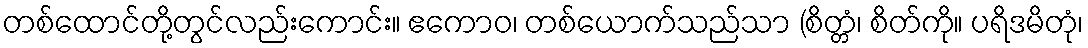
တစ်ထောင်တို့တွင်လည်းကောင်း။ ဧကောဝ၊ တစ်ယောက်သည်သာ (စိတ္တံ၊ စိတ်ကို။ ပရိဒမိတုံ၊